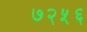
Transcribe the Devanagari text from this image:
७२५६